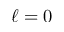
\ell = 0